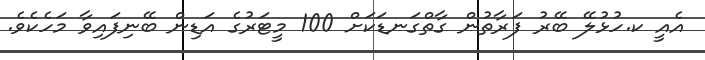
އެއީ ކ.ހުޅުލޭ ބޭރު ފަރާތުން ގާތްގަނޑަކަށް 100 މީޓަރުގެ އަޑިން ބޭނިފައިވާ މަހެކެވެ.